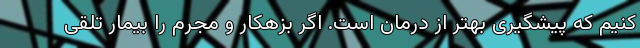
کنیم که پیشگیری بهتر از درمان است. اگر بزهکار و مجرم را بیمار تلقی